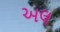
અલ